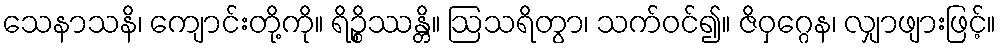
သေနာသနိ၊ ကျောင်းတို့ကို။ ရိဉ္စိဿန္တိ။ ဩသရိတွာ၊ သက်ဝင်၍။ ဇိဝှဂ္ဂေန၊ လျှာဖျားဖြင့်။